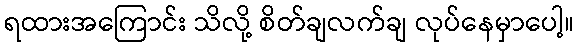
ရထားအကြောင်း သိလို့ စိတ်ချလက်ချ လုပ်နေမှာပေါ့။